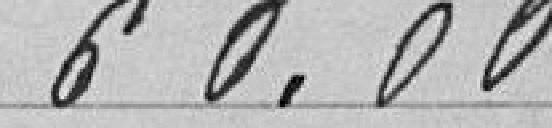
60,,